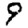
Digit: 9